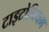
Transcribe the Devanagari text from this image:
टाइटोनियम